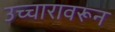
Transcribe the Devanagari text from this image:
उच्चारावरून